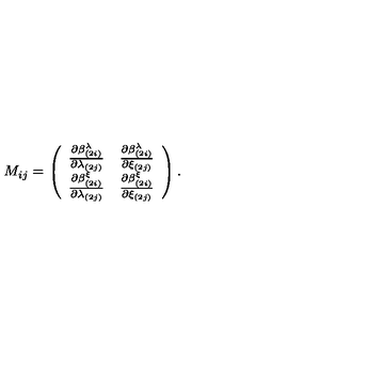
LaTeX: M _ { i j } = \left( \begin{array} { c c } { { \frac { \partial \beta _ { ( 2 i ) } ^ { \lambda } } { \partial \lambda _ { ( 2 j ) } } } } & { { \frac { \partial \beta _ { ( 2 i ) } ^ { \lambda } } { \partial \xi _ { ( 2 j ) } } } } \\ { { \frac { \partial \beta _ { ( 2 i ) } ^ { \xi } } { \partial \lambda _ { ( 2 j ) } } } } & { { \frac { \partial \beta _ { ( 2 i ) } ^ { \xi } } { \partial \xi _ { ( 2 j ) } } } } \\ \end{array} \right) .